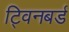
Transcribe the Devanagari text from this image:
ट्विनबर्ड